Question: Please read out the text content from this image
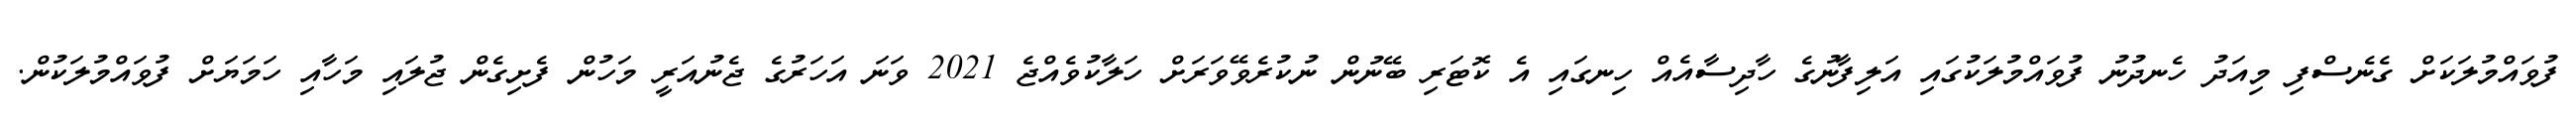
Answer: ފުވައްމުލަކަށް ގެނެސްފި މިއަދު ހެނދުނު ފުވައްމުލަކުގައި އަލިފާނުގެ ހާދިސާއެއް ހިނގައި އެ ކޮޓަރި ބޭނުން ނުކުރެވޭވަރަށް ހަލާކުވެއްޖެ 2021 ވަނަ އަހަރުގެ ޖެނުއަރީ މަހުން ފެށިގެން ޖުލައި މަހާއި ހަމަޔަށް ފުވައްމުލަކުން.